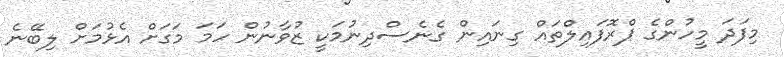
މިފަދަ މީހުންގެ ޕްރޮފައިލްތައް ގިނައިން ގެނެސްދިނުމަކީ ޒުވާނުން ހަމަ މަގަށް އެޅުމަށް ލިބޭނެ